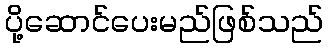
ပို့ဆောင်ပေးမည်ဖြစ်သည်